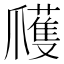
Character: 𭶹